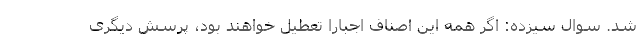
شد. سوال سیزده: اگر همه این اصناف اجبارا تعطیل خواهند بود، پرسش دیگری